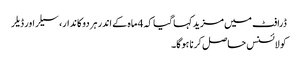
ڈرافٹ میں مزید کہا گیا کہ 4 ماہ کے اندر ہر دوکاندار، سیلراور ڈیلر
کو لائسنس حاصل کرنا ہوگا۔